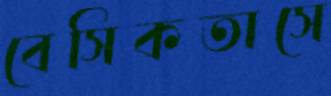
বেসিকতাসে